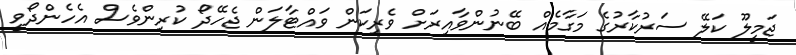
ޖަމީލޫ ކަލޭ ސަރުކާރުގެ މަގާމެއް ބޭނުންވާއިރަށް ވެރިކަން ވައްޓާލަން ޖެހޭދޯ ކުރިންވެސް އެހެންދޯވީ